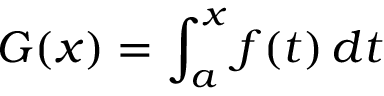
G ( x ) = \int _ { a } ^ { x } f ( t ) \, d t